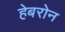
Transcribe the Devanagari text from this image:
हेबरोन